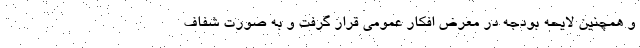
و همچنین لایحه بودجه در معرض افکار عمومی قرار گرفت و به صورت شفاف